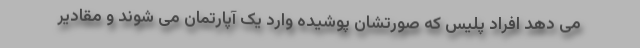
می دهد افراد پلیس که صورتشان پوشیده وارد یک آپارتمان می شوند و مقادیر